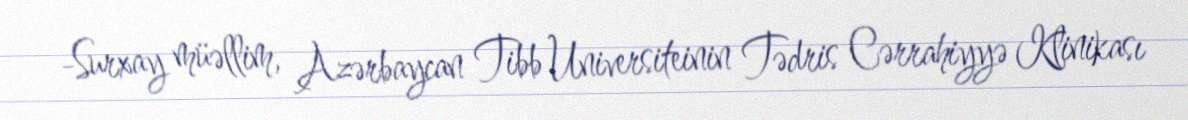
-Surxay müəllim, Azərbaycan Tibb Universiteinin Tədris Cərrahiyyə Klinikası